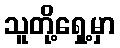
သူတို့ရှေ့မှာ